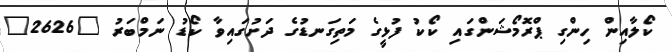
ކޯލާއިން ހިންގި ޕްރޮމޯޝަންގައި ކޯކު ފުޅީގެ މަތިގަނޑުގެ ދަށުގައިވާ ކޯޑު ނަމްބަރު "2626"